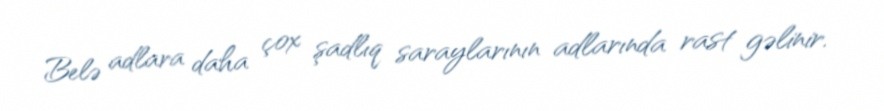
Belə adlara daha çox şadlıq saraylarının adlarında rast gəlinir.